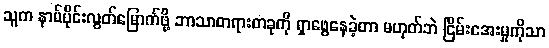
သူက နာမ်ပိုင်းလွတ်မြောက်ဖို့ ဘာသာတရားတခုကို ရှာဖွေနေခဲ့တာ မဟုတ်ဘဲ ငြိမ်းအေးမှုကိုသာ